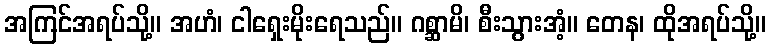
အကြင်အရပ်သို့။ အဟံ၊ ငါရှေးမိုးရေသည်။ ဂစ္ဆာမိ၊ စီးသွားအံ့။ တေန၊ ထိုအရပ်သို့။